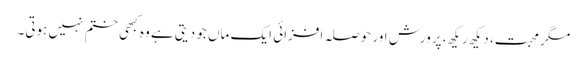
مگر محبت، دیکھ ریکھ، پرورش اور حوصلہ افزائی ایک ماں جو دیتی ہے وہ کبھی ختم نہیں ہوتی۔